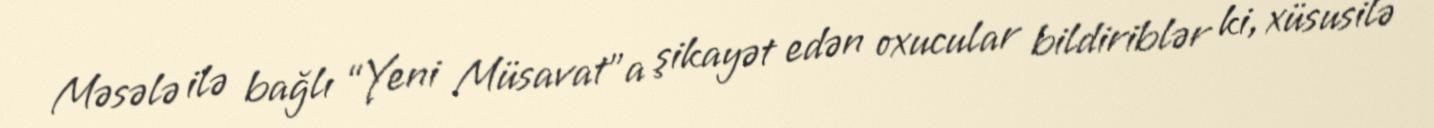
Məsələ ilə bağlı “Yeni Müsavat”a şikayət edən oxucular bildiriblər ki, xüsusilə